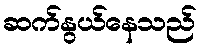
ဆက်နွယ်နေသည်